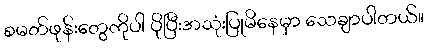
စမတ်ဖုန်းတွေကိုပါ ပိုပြီးအသုံးပြုမိနေမှာ သေချာပါတယ်။